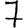
Digit: 7